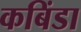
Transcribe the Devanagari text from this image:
कबिंडा